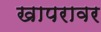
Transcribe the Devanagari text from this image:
खापरावर